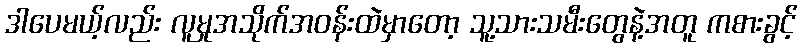
ဒါပေမယ့်လည်း လူမှုအသိုက်အဝန်းထဲမှာတော့ သူ့သားသမီးတွေနဲ့အတူ ကစားခွင့်